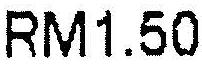
RM1.50